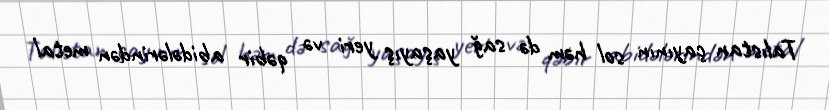
Talıstan çayının sol həm də sağ yaşayış yeri və qəbir abidələrindən metal